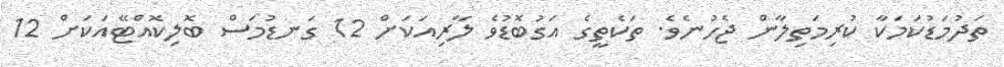
ތަދުމަޑުކަމަކާ ކުރިމަތިލާން ޖެހުނެވެ. ތަކެތީގެ އަގުބޮޑުވެ ލާރިއަކަށް 12 ގަނޑުމަސް ބޮލިކޮއްޓޭއަކަށް 12